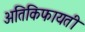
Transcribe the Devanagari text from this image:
अतिकिफायती